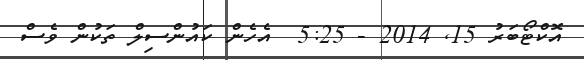
އޮކްޓޯބަރު 15